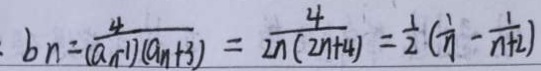
b _ { n } = \frac { 4 } { ( a _ { n } - 1 ) ( a _ { n } + 3 ) } = \frac { 1 } { 2 n ( 2 n + 4 ) } = \frac { 1 } { 2 } ( \frac { 1 } { n } - \frac { 1 } { n + 2 } )